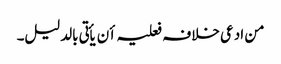
من ادعی خلافہ فعلیہ أن یأتی بالدلیل۔